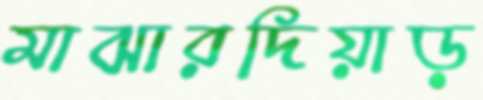
মাঝারদিয়াড়